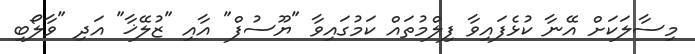
މިސާލަކަށް އޭނާ ކުޅެފައިވާ ފިލްމުތައްް ކަމުގައިވާ "ޔޫސުފް" އާއި "ޒުލޭޚާ" އަދި "ވާލޯބި